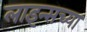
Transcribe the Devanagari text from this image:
लाइन्सच्या